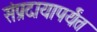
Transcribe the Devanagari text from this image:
संप्रदायापर्यंत